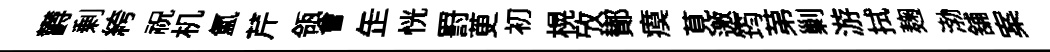
欝剰絝祝机氲芹瓴㑹𦈢恍罸茰初榥攷鄼瘼莧邀筠苐剿游拭麹渤舖案